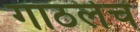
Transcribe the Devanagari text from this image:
गाठलेच